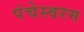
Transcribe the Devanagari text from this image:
पंचेस्वरम